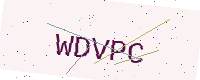
Text: WDVPC